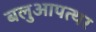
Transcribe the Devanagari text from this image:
बलुआपत्थर